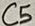
Text: C5